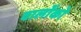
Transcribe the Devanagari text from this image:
वालोंको